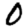
Digit: 0